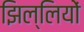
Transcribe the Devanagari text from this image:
झिल्‍लियों